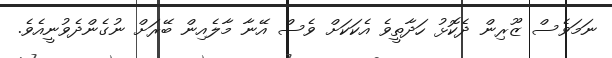
ނަމަވެސް ޒޫރިން ދެކޮޅު ހަދާތީވެ އެކަކަށް ވެސް އޭނާ މާލެއިން ބޭރަށް ނުގެންދެވުނީއެވެ.